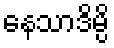
နေသာဒိမ္ပိ